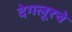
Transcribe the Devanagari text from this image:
देगलूरचे